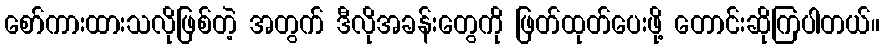
စော်ကားထားသလိုဖြစ်တဲ့ အတွက် ဒီလိုအခန်းတွေကို ဖြတ်ထုတ်ပေးဖို့ တောင်းဆိုကြပါတယ်။